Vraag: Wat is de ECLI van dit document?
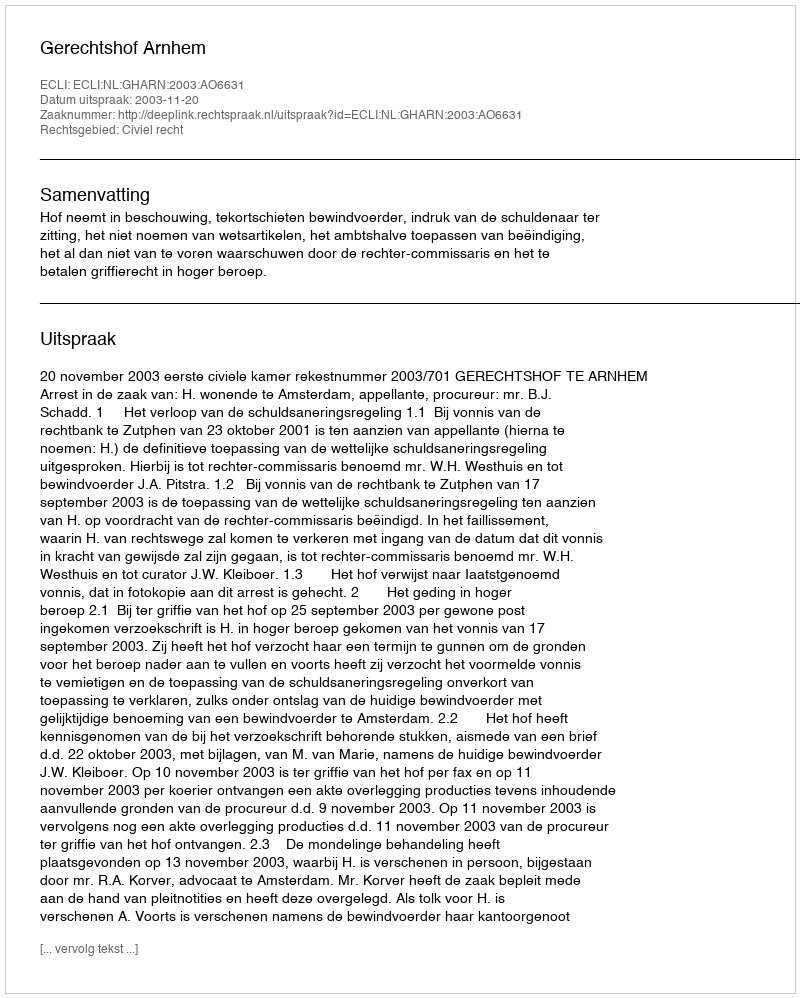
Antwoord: ECLI:NL:GHARN:2003:AO6631